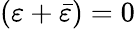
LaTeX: (\varepsilon+{\bar{\varepsilon}})=0